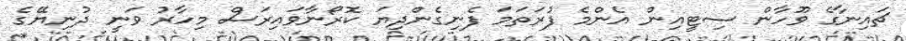
ޗައިނާގެ ވޫހާން ސިޓީއިން އެންމެ ފުރަތަމަ ފެނިގެންދިޔަ ކޮރޯނާވައިރަސް މިހާރު ވަނީ ދުނިޔޭގެ